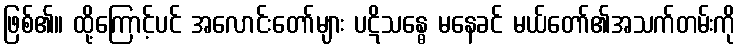
ဖြစ်၏။ ထို့ကြောင့်ပင် အလောင်းတော်များ ပဋိသန္ဓေ မနေခင် မယ်တော်၏အသက်တမ်းကို